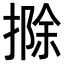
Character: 𢲢